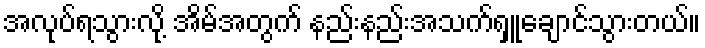
အလုပ်ရသွားလို့ အိမ်အတွက် နည်းနည်းအသက်ရှူချောင်သွားတယ်။